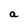
Character: a